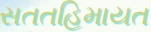
સતતહિમાયત